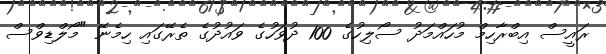
ރައީސް އިބްރާހިމް މުހައްމަދު ސޯލިހުގެ 100 ދުވަހުގެ ވައުދުގެ ތެރޭގައި ހިމެނޭ "މޯލްޑިވްސް